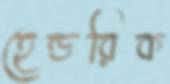
হেন্ডরিক